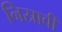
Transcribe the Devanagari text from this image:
निस्रावी